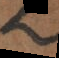
s